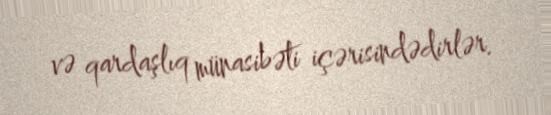
və qardaşlıq münasibəti içərisindədirlər.